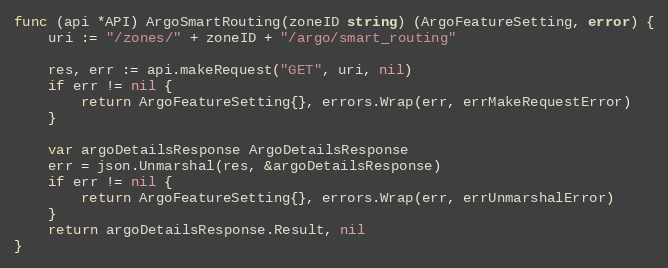
Language: Go
func (api *API) ArgoSmartRouting(zoneID string) (ArgoFeatureSetting, error) {
	uri := "/zones/" + zoneID + "/argo/smart_routing"

	res, err := api.makeRequest("GET", uri, nil)
	if err != nil {
		return ArgoFeatureSetting{}, errors.Wrap(err, errMakeRequestError)
	}

	var argoDetailsResponse ArgoDetailsResponse
	err = json.Unmarshal(res, &argoDetailsResponse)
	if err != nil {
		return ArgoFeatureSetting{}, errors.Wrap(err, errUnmarshalError)
	}
	return argoDetailsResponse.Result, nil
}